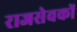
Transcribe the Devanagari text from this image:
राजसेवकों